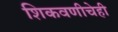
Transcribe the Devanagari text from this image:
शिकवणीचेही